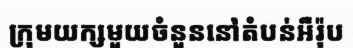
ក្រុមយក្សមួយចំនួននៅតំបន់អឺរ៉ុប